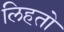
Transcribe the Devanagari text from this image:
लिहतो